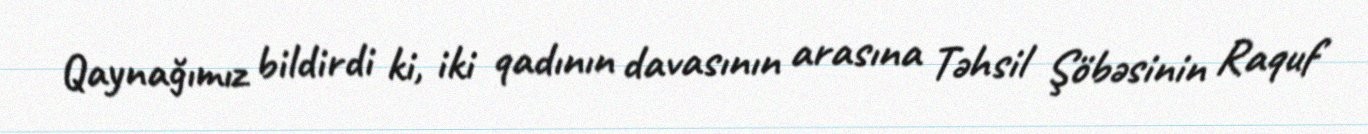
Qaynağımız bildirdi ki, iki qadının davasının arasına Təhsil Şöbəsinin Raquf